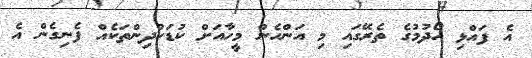
އެ ފައްޅި ހޯދުމުގެ ތެރޭގައި މި އަންހެން މީހާއަށް ކުޑަކުދިންތަކެއް ފެނިގެން އެ